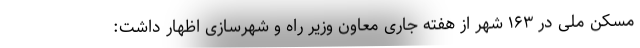
مسکن ملی در ۱۶۳ شهر از هفته جاری معاون وزیر راه و شهرسازی اظهار داشت: